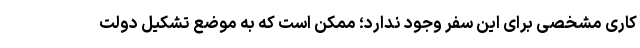
کاری مشخصی برای این سفر وجود ندارد؛ ممکن است که به موضع تشکیل دولت